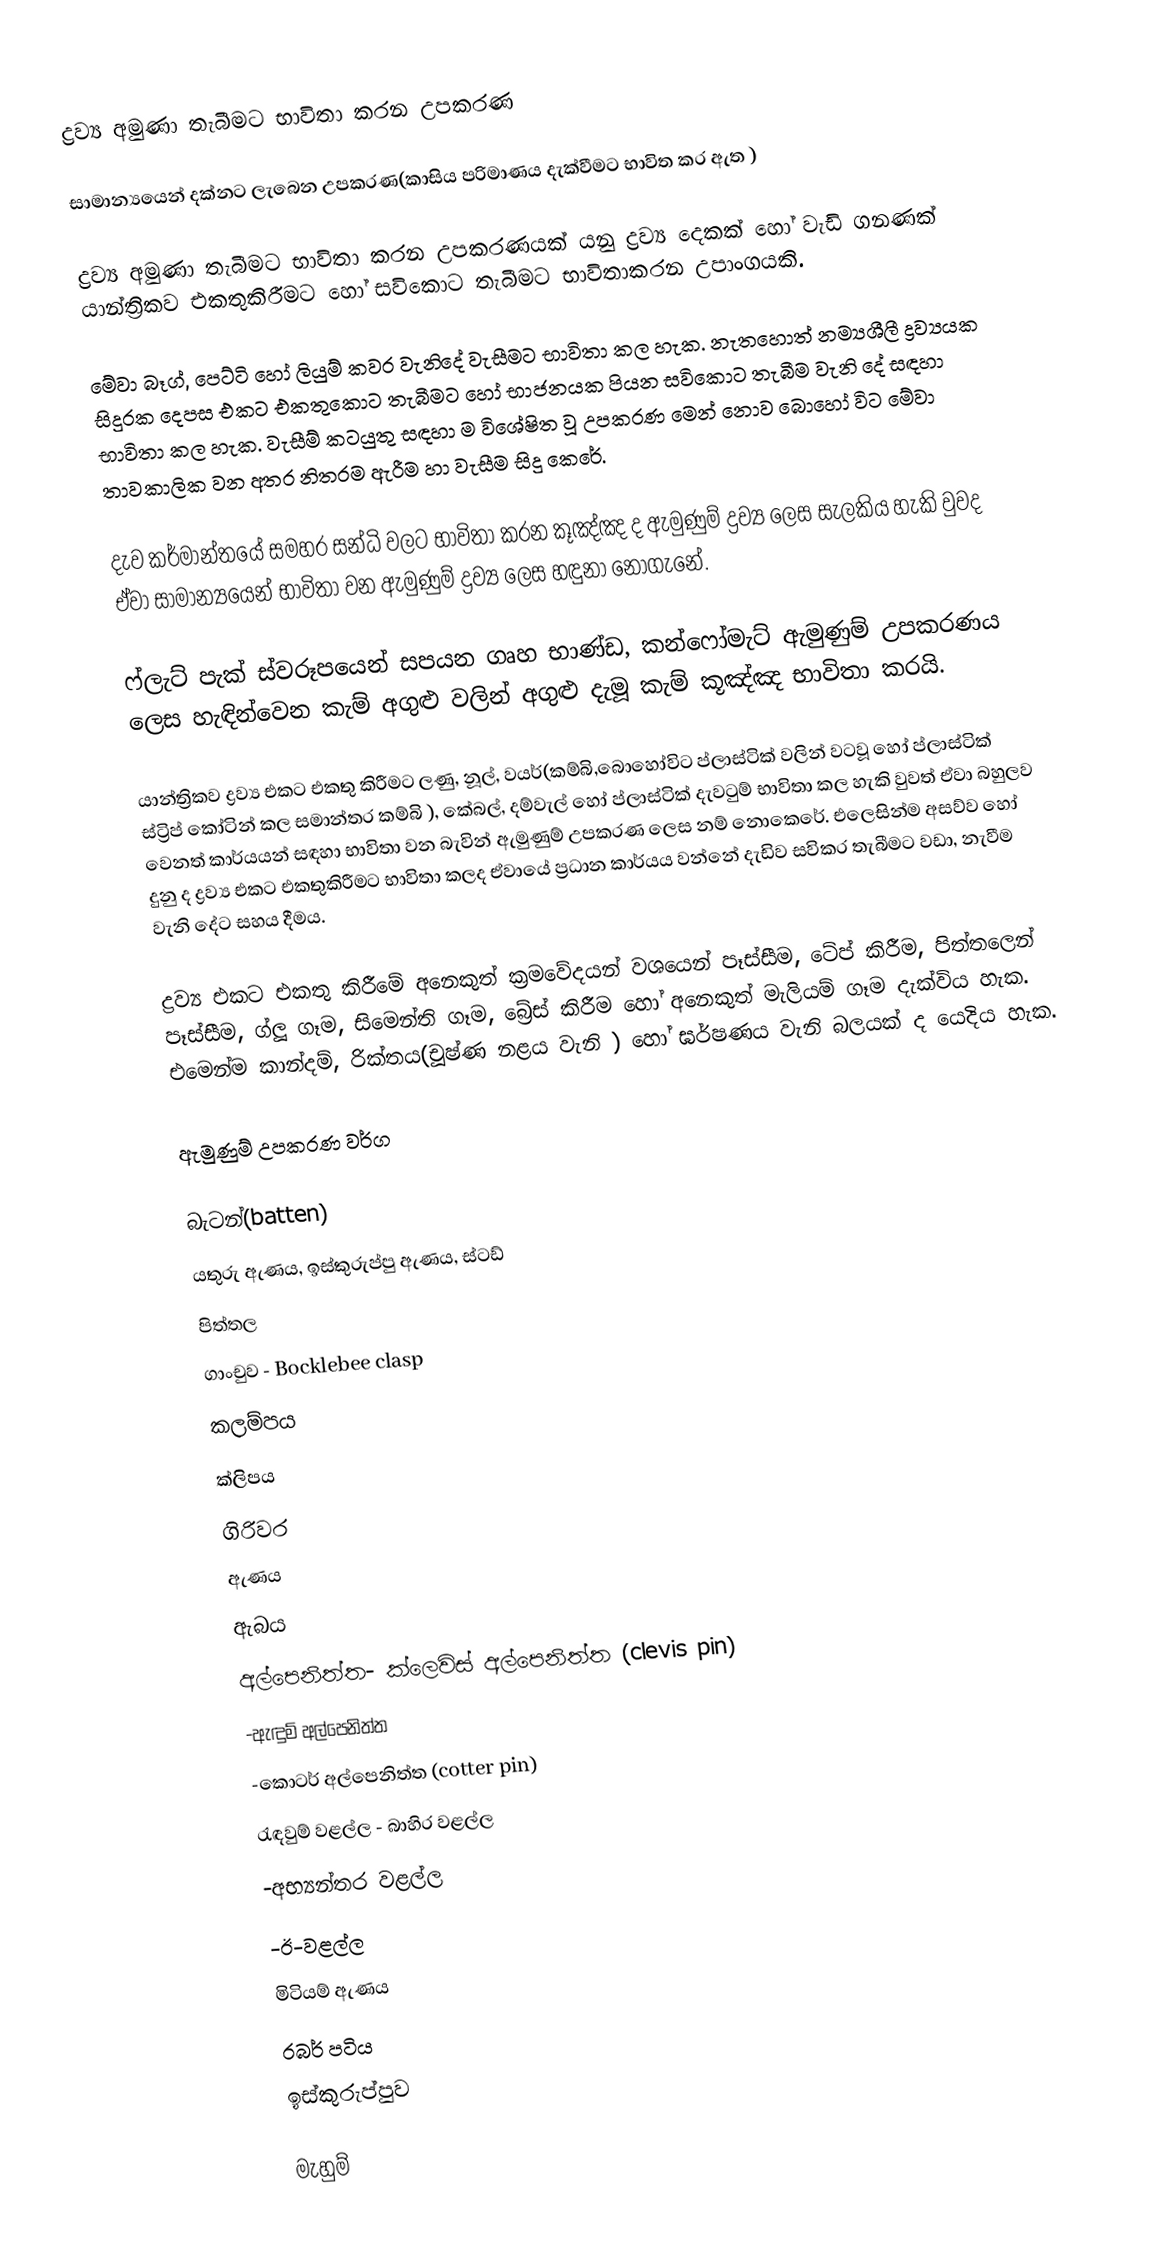
ද්‍රව්‍ය අමුණා තැබීමට භාවිතා කරන උපකරණ

සාමාන්‍යයෙන් දක්නට ලැබෙන උපකරණ(කාසිය පරිමාණය දැක්වීමට භාවිත කර ඇත )

ද්‍රව්‍ය අමුණා තැබීමට භාවිතා කරන උපකරණයක් යනු ද්‍රව්‍ය දෙකක් හෝ වැඩි ගනණක් යාන්ත්‍රිකව එකතුකිරීමට හෝ සවිකොට තැබීමට භාවිතාකරන උපාංගයකි.

මේවා බෑග්, පෙට්ටි හෝ ලියුම් කවර වැනිදේ වැසීමට භාවිතා කල හැක. නැතහොත් නම්‍යශීලී ද්‍රව්‍යයක සිදුරක දෙපස එකට එකතුකොට තැබීමට හෝ භාජනයක පියන සවිකොට තැබීම වැනි දේ සඳහා භාවිතා කල හැක. වැසීම් කටයුතු සඳහා ම විශේෂිත වූ උපකරණ මෙන් නොව බොහෝ විට මේවා තාවකාලික වන අතර නිතරම ඇරීම හා වැසීම සිදු කෙරේ.

දැව කර්මාන්තයේ සමහර සන්ධි වලට භාවිතා කරන කූඤ්ඤ ද ඇමුණුම් ද්‍රව්‍ය ලෙස සැලකිය හැකි වුවද ඒවා සාමාන්‍යයෙන් භාවිතා වන ඇමුණුම් ද්‍රව්‍ය ලෙස හඳුනා නොගැනේ.

ෆ්ලැට් පැක් ස්වරූපයෙන් සපයන ගෘහ භාණ්ඩ, කන්ෆෝමැට් ඇමුණුම් උපකරණය ලෙස හැඳින්වෙන කැම් අගුළු වලින් අගුළු දැමූ කැම් කූඤ්ඤ භාවිතා කරයි.

යාන්ත්‍රිකව ද්‍රව්‍ය එකට එකතු කිරීමට ලණු, නූල්, වයර්(කම්බි,බොහෝවිට ප්ලාස්ටික් වලින් වටවූ හෝ ප්ලාස්ටික් ස්ට්‍රිප් කෝටින් කල සමාන්තර කම්බි ), කේබල්, දම්වැල් හෝ ප්ලාස්ටික් දැවටුම් භාවිතා කල හැකි වුවත් ඒවා බහුලව වෙනත් කාර්යයන් සඳහා භාවිතා වන බැවින් ඇමුණුම් උපකරණ ලෙස නම් නොකෙරේ. එලෙසින්ම අසව්ව හෝ දුනු ද ද්‍රව්‍ය එකට එකතුකිරීමට භාවිතා කලද ඒවායේ ප්‍රධාන කාර්යය වන්නේ දැඩිව සවිකර තැබීමට වඩා, නැවීම වැනි දේට සහය දීමය.

ද්‍රව්‍ය එකට එකතු කිරීමේ අනෙකුත් ක්‍රමවේදයන් වශයෙන් පෑස්සීම, ටේප් කිරීම, පිත්තලෙන් පෑස්සීම, ග්ලූ ගෑම, සිමෙන්ති ගෑම, බ්‍රේස් කිරීම හෝ අනෙකුත් මැලියම් ගෑම දැක්විය හැක. එමෙන්ම කාන්දම්, රික්තය(චූෂ්ණ නළය වැනි ) හෝ ඝර්ෂණය වැනි බලයක් ද යෙදිය හැක.

ඇමුණුම් උපකරණ වර්ග

බැටන්(batten)
යතුරු ඇණය, ඉස්කුරුප්පු ඇණය, ස්ටඩ්
පිත්තල
ගාංචුව - Bocklebee clasp
කලම්පය
ක්ලිපය
ගිරිවර
ඇණය
ඇබය
අල්පෙනිත්ත- ක්ලෙවිස් අල්පෙනිත්ත (clevis pin)
           -ඇඳුම් අල්පෙනිත්ත
           -කොටර් අල්පෙනිත්ත (cotter pin)
රැඳවුම් වළල්ල - බාහිර වළල්ල
                   -අභ්‍යන්තර වළල්ල
                   -ඊ-වළල්ල
මිටියම් ඇණය
රබර් පටිය
ඉස්කුරුප්පුව

මැහුම්